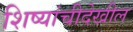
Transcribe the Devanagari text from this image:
शिष्यांचीदेखील